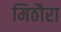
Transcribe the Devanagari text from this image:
मिठौरा